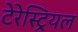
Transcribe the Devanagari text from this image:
टेरेस्‍ट्रियल